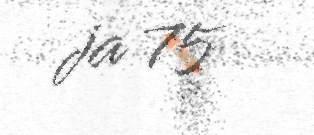
ja 75